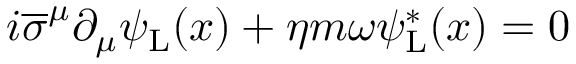
i { \overline { { \sigma } } } ^ { \mu } \partial _ { \mu } \psi _ { \mathrm { { L } } } ( x ) + \eta m \omega \psi _ { \mathrm { { L } } } ^ { * } ( x ) = 0